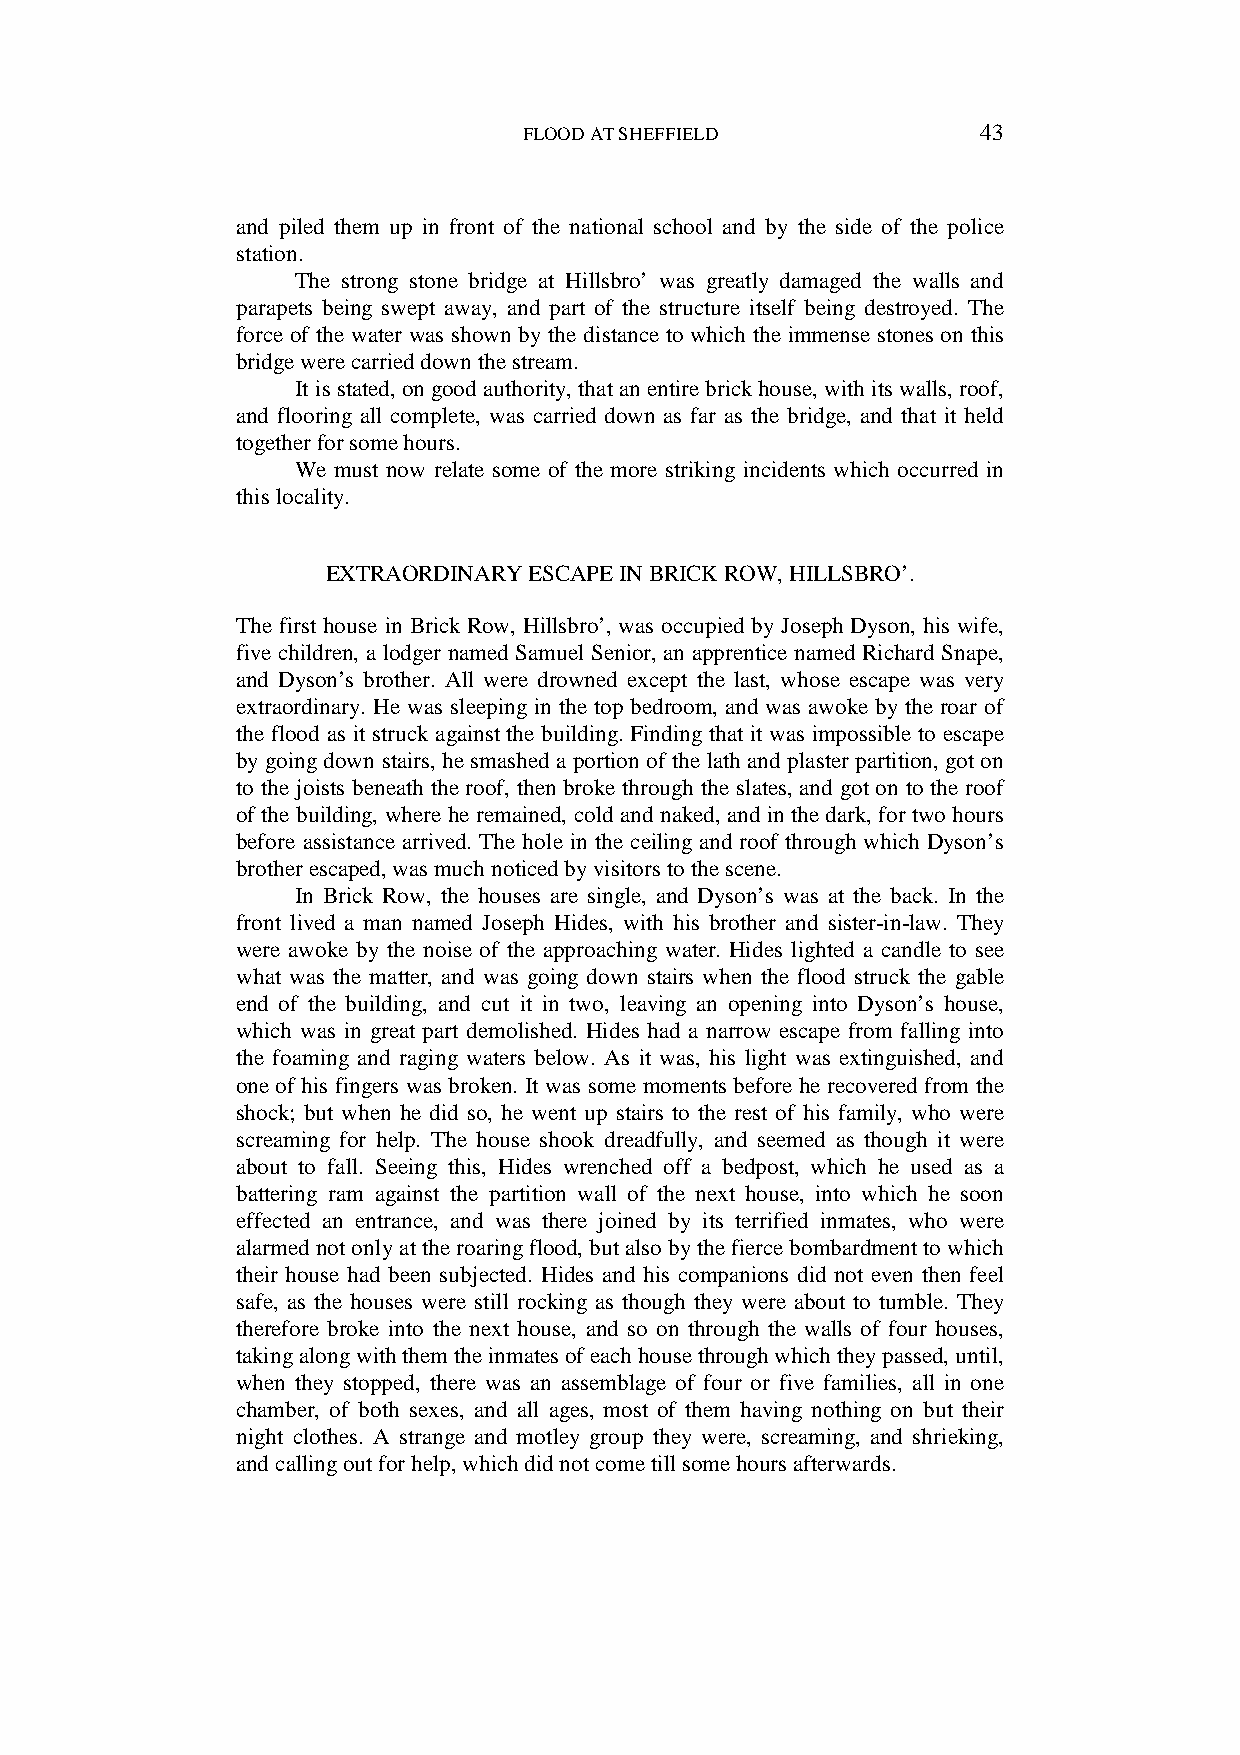
FLOOD AT SHEFFIELD            43
 and piled them up in front of the national school and by the side of the police
 station.
 The strong stone bridge at Hillsbro’ was greatly damaged the walls and
 parapets being swept away, and part of the structure itself being destroyed. The
 force of the water was shown by the distance to which the immense stones on this
 bridge were carried down the stream.
 It is stated, on good authority, that an entire brick house, with its walls, roof,
 and flooring all complete, was carried down as far as the bridge, and that it held
 together for some hours.
 We must now relate some of the more striking incidents which occurred in
 this locality.
 EXTRAORDINARY ESCAPE IN BRICK ROW, HILLSBRO’.
 The first house in Brick Row, Hillsbro’, was occupied by Joseph Dyson, his wife,
 five children, a lodger named Samuel Senior, an apprentice named Richard Snape,
 and Dyson’s brother. All were drowned except the last, whose escape was very
 extraordinary. He was sleeping in the top bedroom, and was awoke by the roar of
 the flood as it struck against the building. Finding that it was impossible to escape
 by going down stairs, he smashed a portion of the lath and plaster partition, got on
 to the joists beneath the roof, then broke through the slates, and got on to the roof
 of the building, where he remained, cold and naked, and in the dark, for two hours
 before assistance arrived. The hole in the ceiling and roof through which Dyson’s
 brother escaped, was much noticed by visitors to the scene.
 In Brick Row, the houses are single, and Dyson’s was at the back. In the
 front lived a man named Joseph Hides, with his brother and sister-in-law. They
 were awoke by the noise of the approaching water. Hides lighted a candle to see
 what was the matter, and was going down stairs when the flood struck the gable
 end of the building, and cut it in two, leaving an opening into Dyson’s house,
 which was in great part demolished. Hides had a narrow escape from falling into
 the foaming and raging waters below. As it was, his light was extinguished, and
 one of his fingers was broken. It was some moments before he recovered from the
 shock; but when he did so, he went up stairs to the rest of his family, who were
 screaming for help. The house shook dreadfully, and seemed as though it were
 about to fall. Seeing this, Hides wrenched off a bedpost, which he used as a
 battering ram against the partition wall of the next house, into which he soon
 effected an entrance, and was there joined by its terrified inmates, who were
 alarmed not only at the roaring flood, but also by the fierce bombardment to which
 their house had been subjected. Hides and his companions did not even then feel
 safe, as the houses were still rocking as though they were about to tumble. They
 therefore broke into the next house, and so on through the walls of four houses,
 taking along with them the inmates of each house through which they passed, until,
 when they stopped, there was an assemblage of four or five families, all in one
 chamber, of both sexes, and all ages, most of them having nothing on but their
 night clothes. A strange and motley group they were, screaming, and shrieking,
 and calling out for help, which did not come till some hours afterwards.